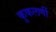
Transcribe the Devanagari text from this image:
कुकलर्णी